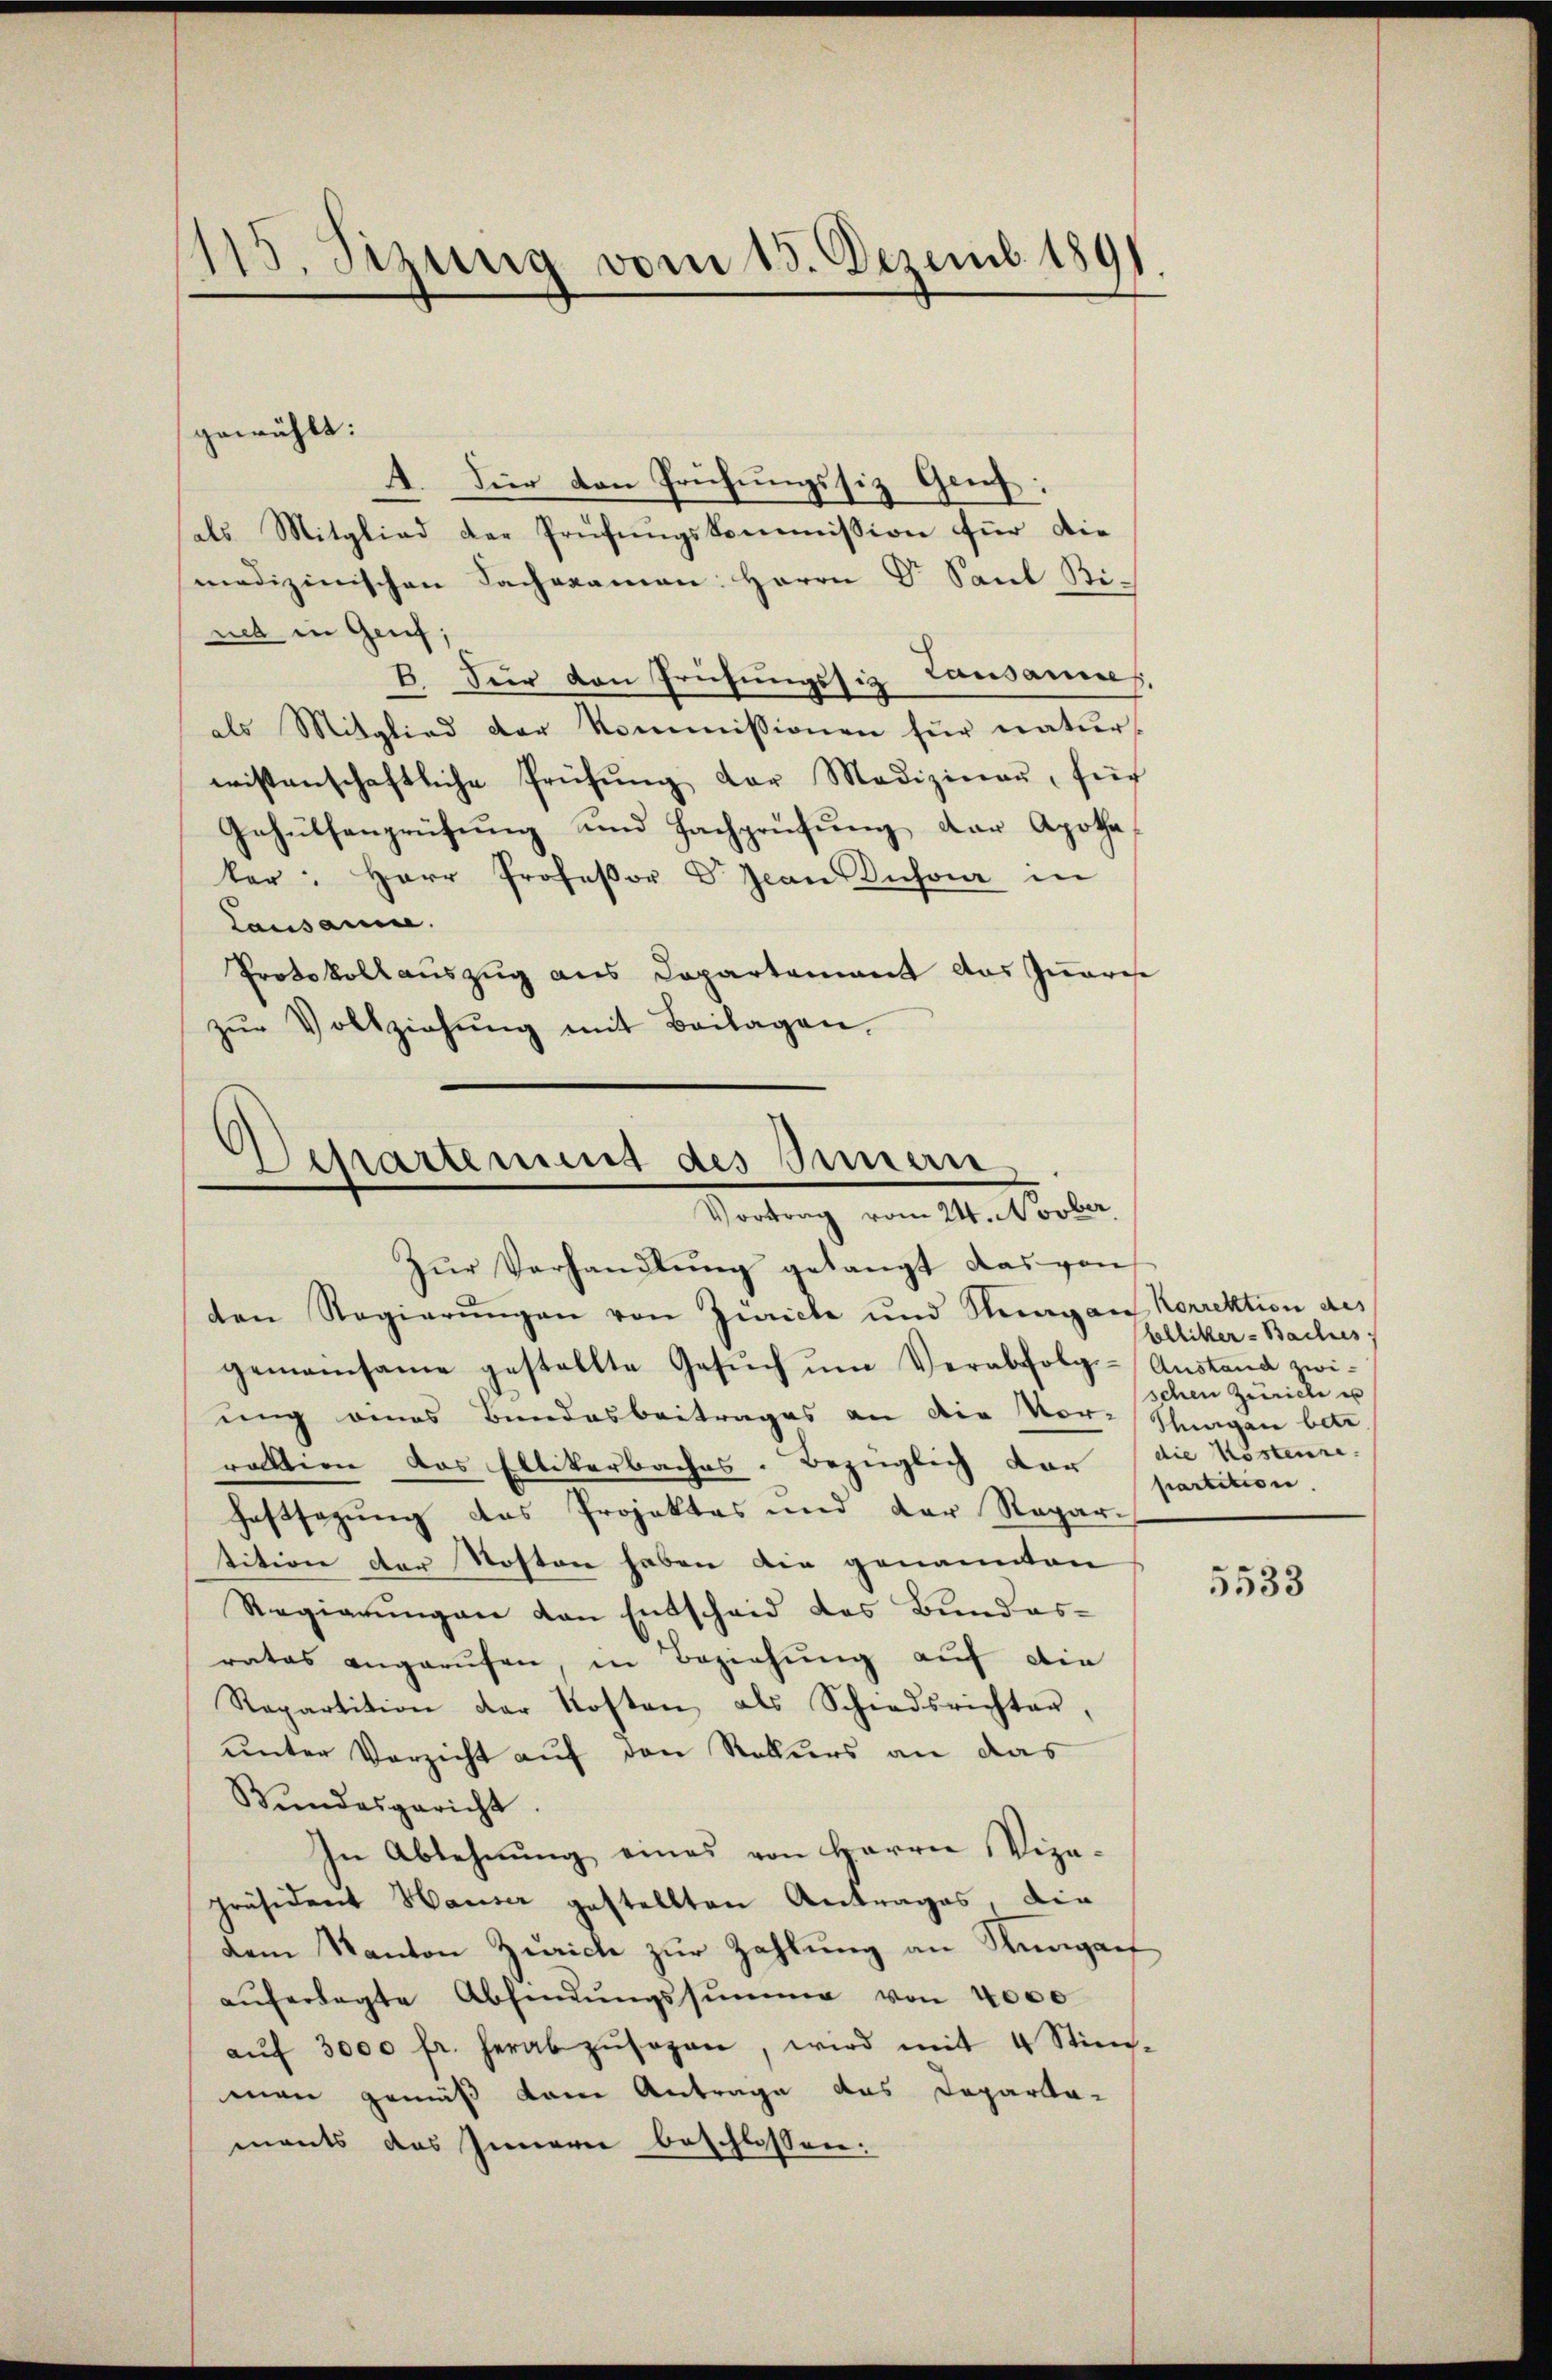
115. Sizung vom 15. Dezemb. 1891.

gewählt:
4. Für den Prüfungssiz Genf.
als Mitglied der Prüfungskommission für die
medizinischen Sachexamen Herrn Dr Saul Bi-
net in Genf;
B. Für den Prüfungssit Lausannes,
als Mitglied der Kommissionen für natur-
wissenschaftliche Prüfŭng der Medizinau, für
Gehülfenprüfung und Fachprüfung der Apotheker: Herr Professor Dr. Jean Insor in
Lausanne.
Protokollauszug aus Capartement das Quarise
zŭr Vollziehŭng mit Beilagen.

Departement des Innern
Vortrag vom 24. Novber

Zŭr Verhandlŭng gelangt das von
ten Regierungen von Zürich und Saagan Korrektion des
gemeinsame gestellte Gesŭch ŭm Verabfolgs-Anstand zwi-
ung eines Bundesbeitrages an die Vor-Stragen betr
raktion das Ellikerbaches. Bezüglich vor (die Kostenre-
haftsagung das Projektes und der Repar-
tition der Sosten haben die genannten
Regierungen von Entscheid des Bundes-
ratas angerufen, in Beziehung auf die
Repartition der Kosten, als Schiedsrichter,
unter Verzicht auf den Rekurs an das
Bŭndesgericht.
In Ablehnŭng eines von Harren Vize-
Präsident Hauser gestellten Antrages, die
dem Kanton Zürich zur Zahlung an Rungauf
aŭferlegte Absendŭngssumme von 4000
aŭf 3000 fr. herabzŭsagen, wird mit 4 Stim-
man gemäß kam Antrage das Departa-
ments das Innern beschlossen:

blliker-Baches.
schen Zürich es
partition.

5533